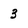
Character: 3